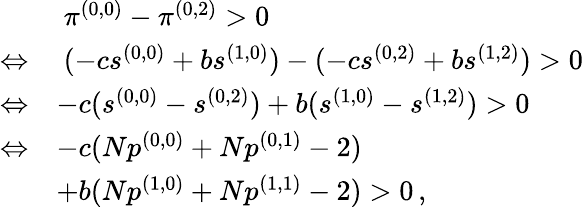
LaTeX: \begin{array}{rl}&{~\pi^{(0,0)}-\pi^{(0,2)}>0}\\ {\Leftrightarrow}&{~(-cs^{(0,0)}+bs^{(1,0)})-(-cs^{(0,2)}+bs^{(1,2)})>0}\\ {\Leftrightarrow}&{-c(s^{(0,0)}-s^{(0,2)})+b(s^{(1,0)}-s^{(1,2)})>0}\\ {\Leftrightarrow}&{-c(Np^{(0,0)}+Np^{(0,1)}-2)}\\ &{+b(Np^{(1,0)}+Np^{(1,1)}-2)>0\, ,}\end{array}